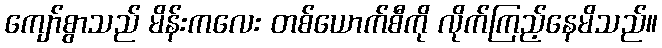
ကျော်စွာသည် မိန်းကလေး တစ်ယောက်စီကို လိုက်ကြည့်နေမိသည်။